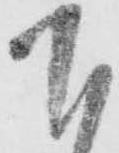
下